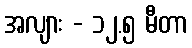
အလျား - ၁၂.၅ မီတာ